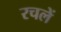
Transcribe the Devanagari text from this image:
रचलें